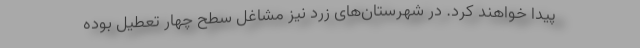
پیدا خواهند کرد. در شهرستان‌های زرد نیز مشاغل سطح چهار تعطیل بوده